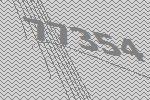
77354